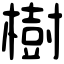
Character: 樹